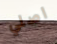
اصلي